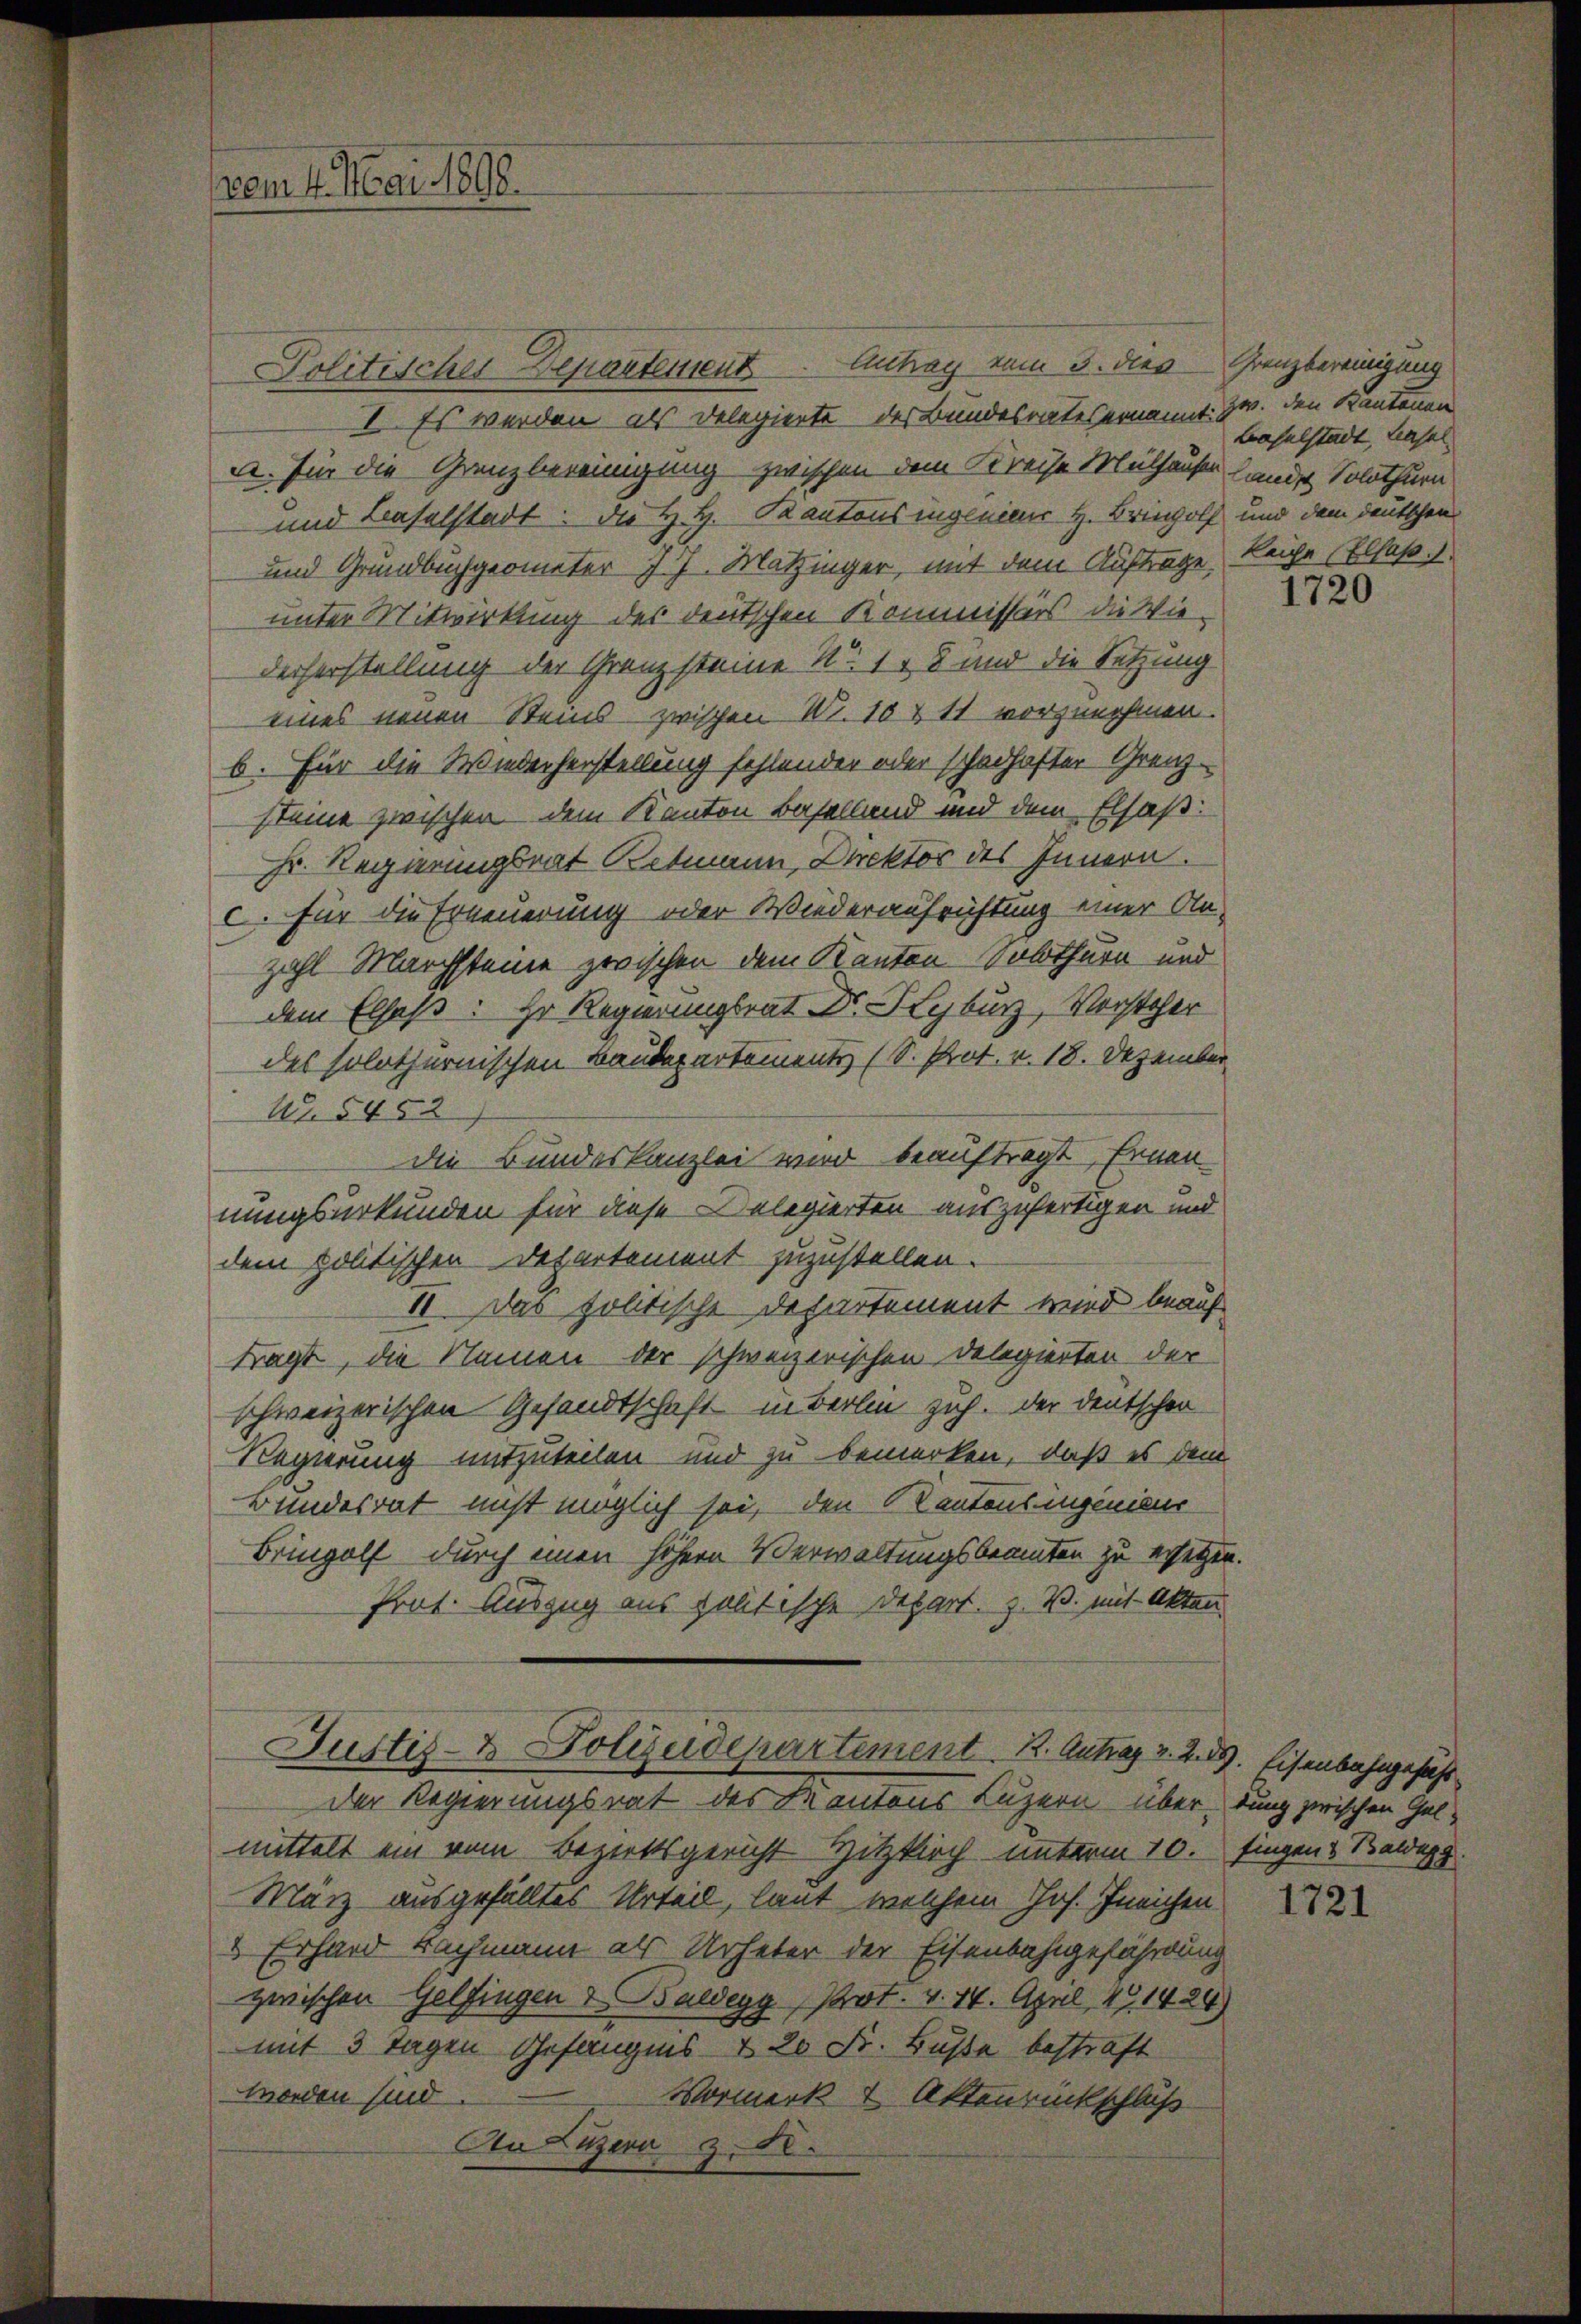
vom 4. Mai 1898.

Politisches Departement Antrag vom 3. dies Grenzbereinigung
I. Es werden als Delegierte des Bundesrates ernannt. zw. den Kantonen
u. für die Grenzbereinigung zwischen dem Kreise Mülhause hande Solothurn
und Baselstadt: die H. H. Kantonsingenieurs H. Bringolf und dem deutschen
und Grundbuchgeometer J. J. Matzinger, mit dem Auftrage Reihe (Elfaß.
unter Mitwirkung des deutschen Kommissärs die Wie¬
Decherstellung der Grenzsteine No. 148 und die Setzung
eines neuen Steins zwischen II. 10 & 11 vorzunehmen.
b. Für die Wiederherstellung fehlender oder schadhafter Grenz-
steine zwischen dem Kanton Baselland und dem Elsaß
Hr. Regierungsrat Botmann, Direktor des Innern.
c. für die Erneuerung oder Wiederaufrichtung einer An-
zahl Marchsteine zwischen dem Kanton Solothurn und
dem Elsaß: Hr Regierungsrat Dr. Hyburg, Vorsteher
des solothurnischen Baudepartements (S. Prot. v. 18. Dezember
Nr. 5452
die Bundeskanzlei wird beauftragt, Ernen-
nungsurkunden für diese Delegierten auszufertigen und
dem politischen Departement zuzustellen.
II. Das politische Departement wird beauf
Fragt, die Namen der schweizerischen Delegierten der
schweizerischen Gesandtschaft in Berlin zich. Der Deutschen
Regierung mitzuteilen und zu bemerken, daß es dem
Bundesrat nicht möglich sei, den Kantonsangenieur
Bringolf durch einen höhern Verwaltungsbeamten zu ersetzen.
Prot. Auszug aus politische Depart. z. B. mit Akten

Justiz- & Polizeidepartement 2. Antrag 2. 239. Eisenbahngeseh
der Regierungsrat des Kantons Luzern über dung zwischen Gel¬

mittelt ein vom Bezirksgericht Hitzkirch unterm 10. Fingen Beide
März ausgefälltes Urteil, laut, welchem Jos. Ineichen
 Erhard Nachmann als Urheter der Eisenbahngefährdung
zwischen Gelfingen & Baldegg  Prot. v. 14. April 191424)
mit 3 Tagen Gefängnis u. 20 Fr. Buße bestraft
Morden sind
Vormerk & Aktenrückschluß
An Luzern z. B.

Baselstadt, Hasel

1720

1721